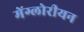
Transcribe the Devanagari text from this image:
मेंग्लोरीयन